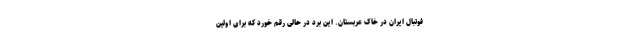
فوتبال ایران در خاک عربستان. این بُرد در حالی رقم خورد که برای اولین